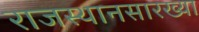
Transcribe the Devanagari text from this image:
राजस्थानसारख्या